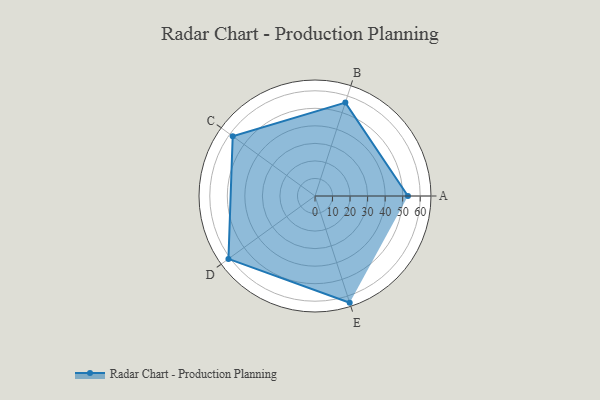
{"axis": {"x": "Skill", "y": "Score"}, "legend": ["Profile"], "data": [{"x": "A", "y": 53.0, "type": "Profile"}, {"x": "B", "y": 56.0, "type": "Profile"}, {"x": "C", "y": 58.0, "type": "Profile"}, {"x": "D", "y": 61.0, "type": "Profile"}, {"x": "E", "y": 64.0, "type": "Profile"}]}